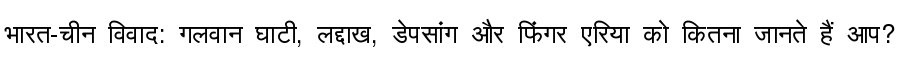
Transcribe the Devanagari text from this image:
भारत-चीन विवाद: गलवान घाटी, लद्दाख, डेपसांग और फिंगर एरिया को कितना जानते हैं आप?